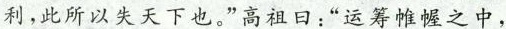
利，此所以失天下也。”高祖日：”运筹帷幄之中，